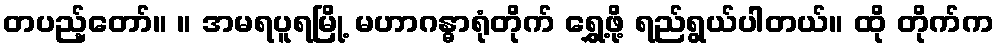
တပည့်တော်။ ။ အမရပူရမြို့ မဟာဂန္ဓာရုံတိုက် ရွှေ့ဖို့ ရည်ရွယ်ပါတယ်။ ထို တိုက်က